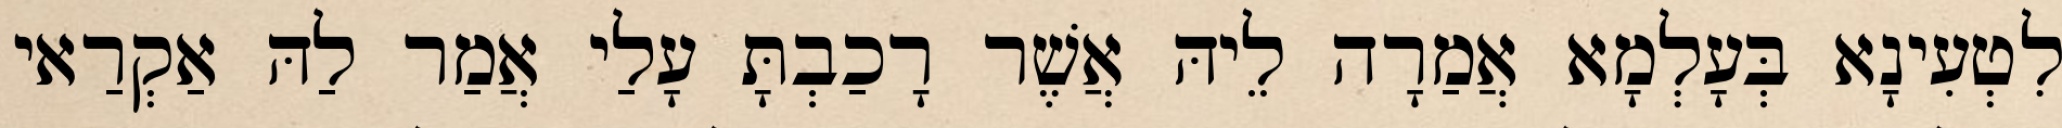
לִטְעִינָא בְּעָלְמָא אֲמַרָה לֵיהּ אֲשֶׁר רָכַבְתָּ עָלַי אֲמַר לַהּ אַקְרַאי